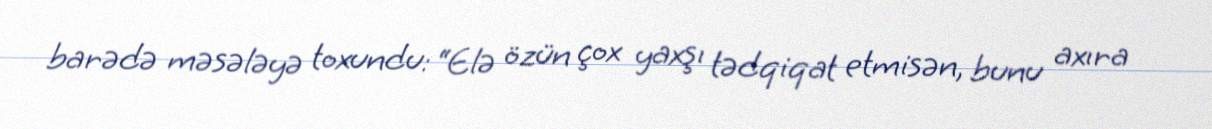
barədə məsələyə toxundu: “Elə özün çox yaxşı tədqiqat etmisən, bunu axıra